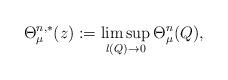
LaTeX: \begin{align*}\Theta^{n,*}_{\mu}(z):=\limsup_{l(Q)\to 0}\Theta^n_\mu(Q),\end{align*}